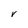
Character: v